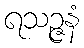
ရသဉ္ဇနံ